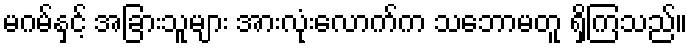
မဂမ်နှင့် အခြားသူများ အားလုံးလောက်က သဘောမတူ ရှိကြသည်။